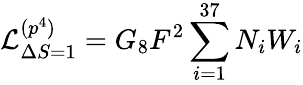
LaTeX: {\cal L}_{\Delta S=1}^{(p^{4})}=G_{8}F^{2}\sum_{i=1}^{37}N_{i}W_{i}